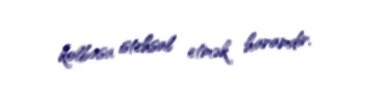
kolbasa istehsal etmək haramdır.